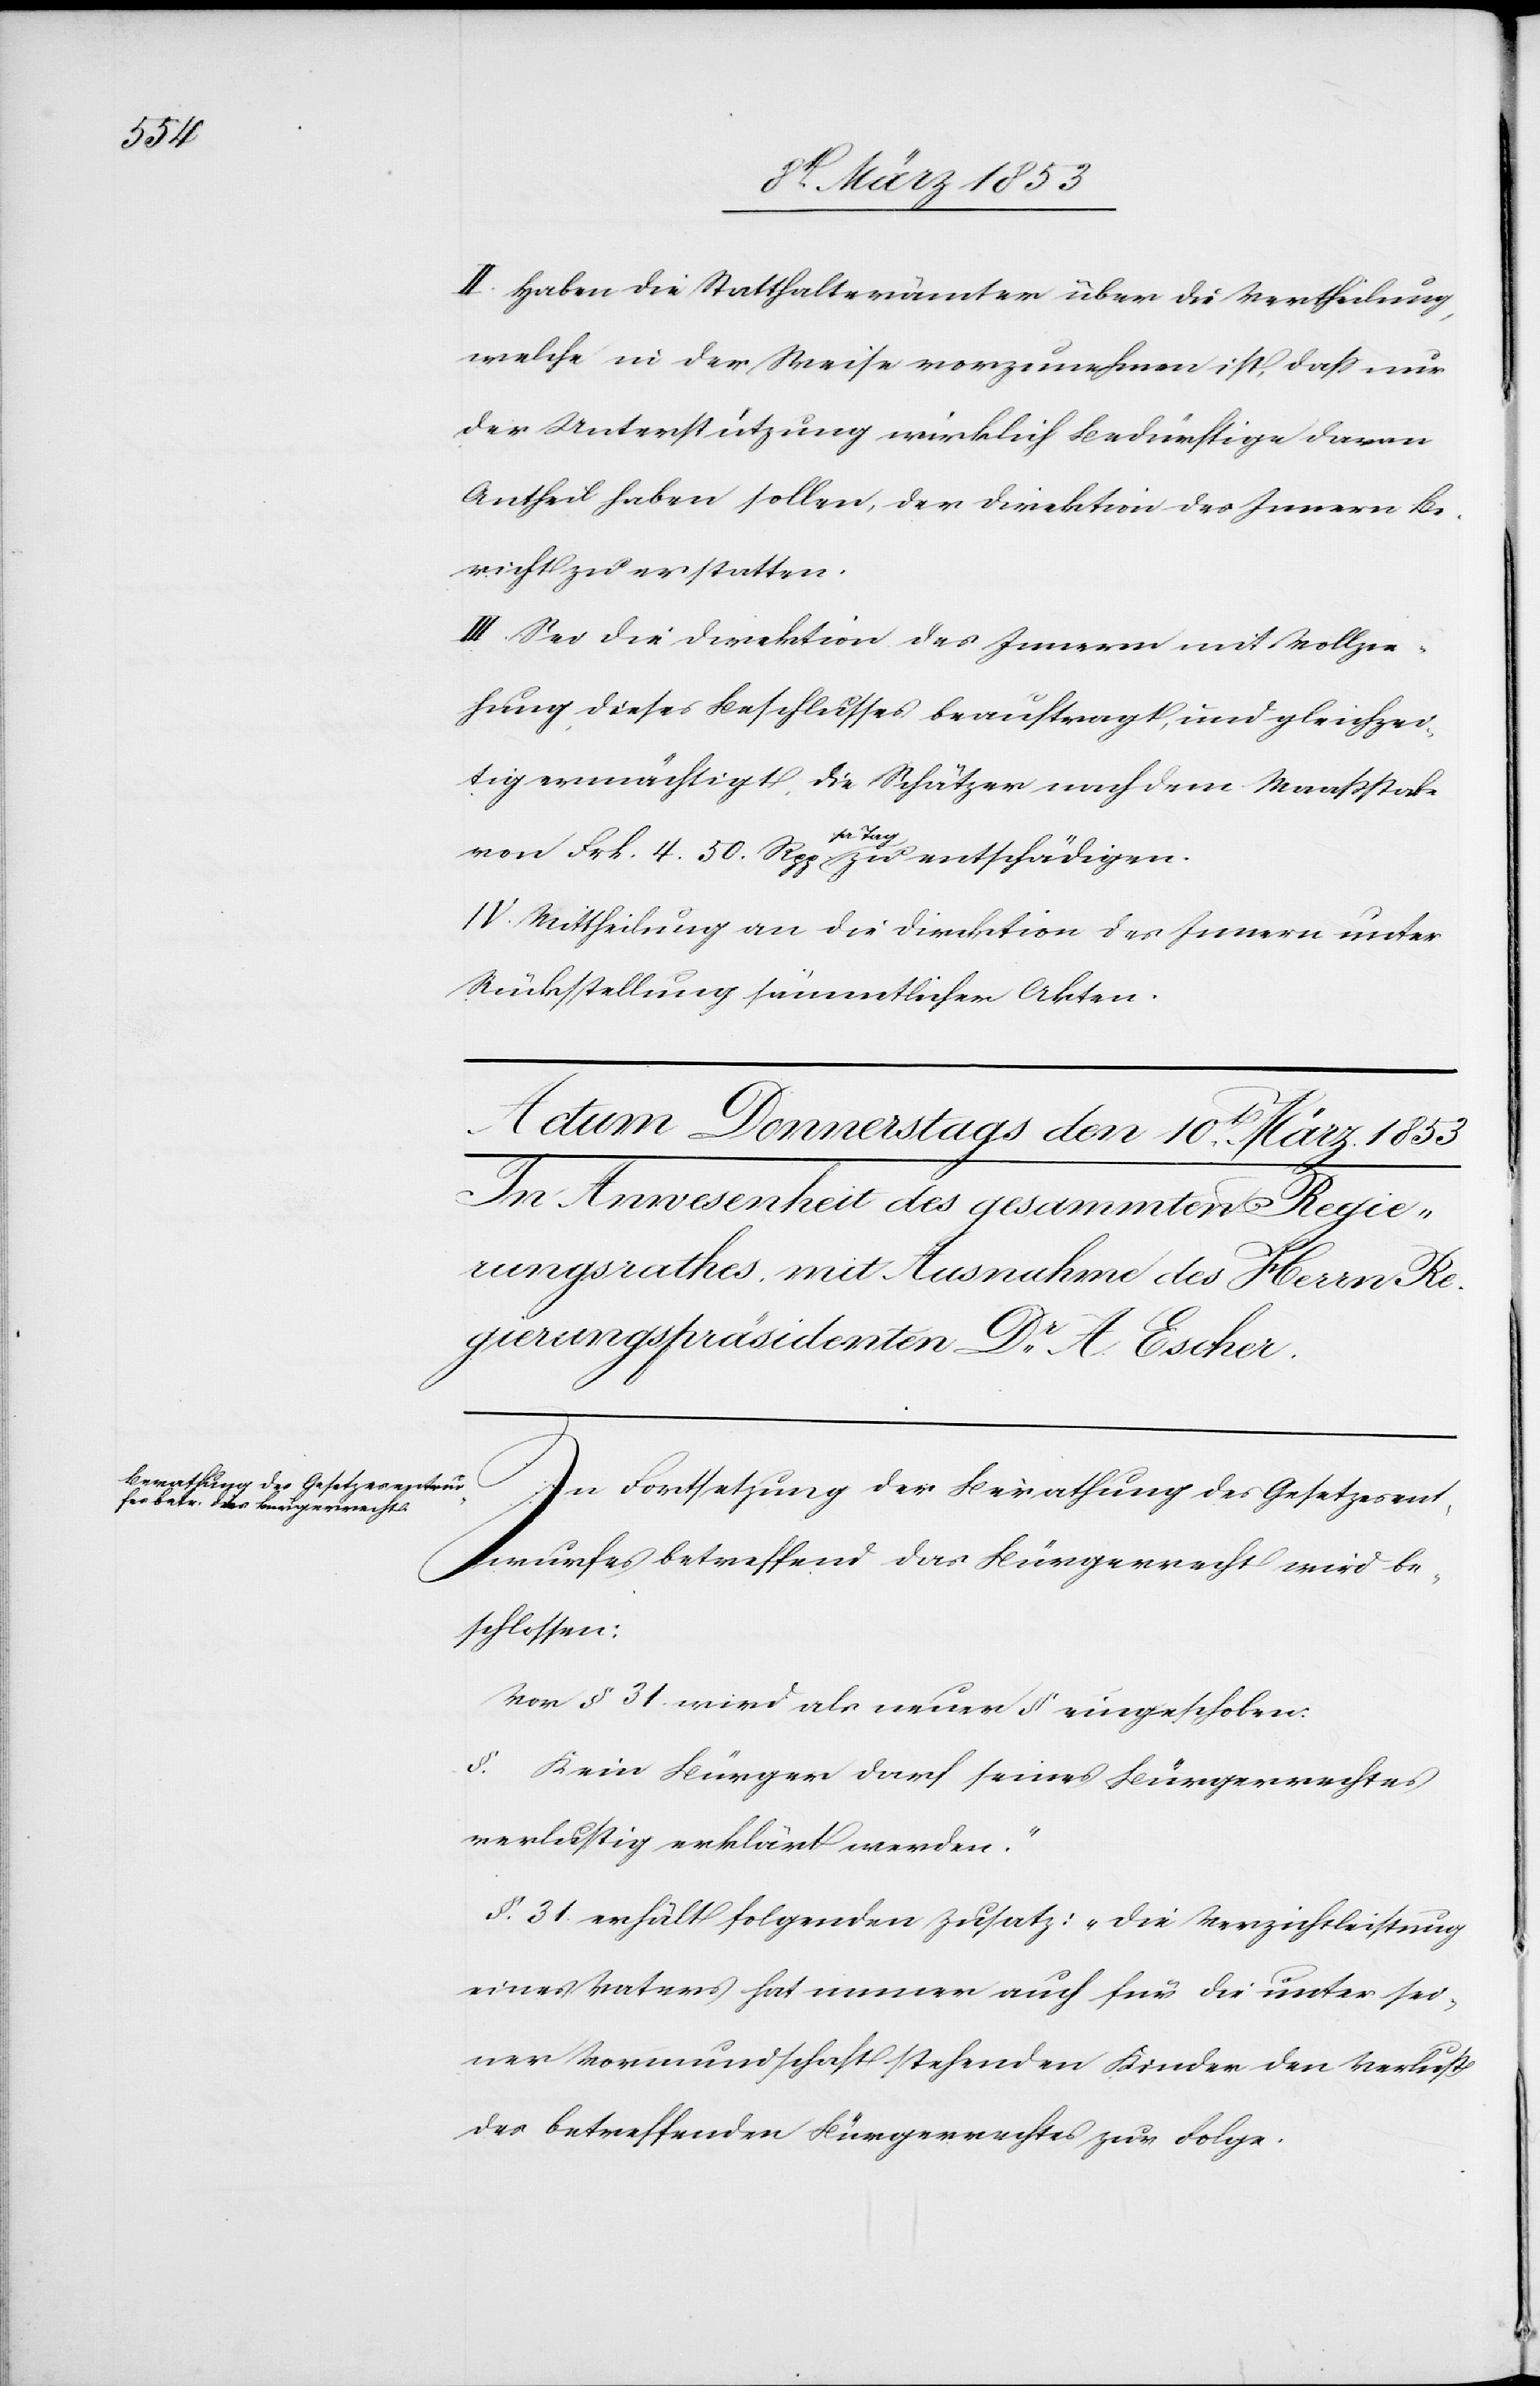
II. Haben die Statthalterämter über die Vertheilung,
welche in der Weise vorzunehmen ist, daß nur
der Unterstützung wirklich Bedürftige daran
Antheil haben sollen, der Direktion des Innern Be¬
richt zu erstatten.
III. Sei die Direktion des Innern mit Vollzie¬
hung dieses Beschlusses beauftragt und gleichzei¬
tig ermächtigt, die Schätzer nach dem Maaßstab
von Frk. 4. 50. Rpp. pr. Tag zu entschädigen.
IV. Mittheilung an die Direktion des Innern unter
Rückstellung sämmtlicher Akten.
In Fortsetzung der Berathung des Gesetzesent¬
wurfes betreffend das Bürgerrecht wird be¬
schlossen:
Vor § 31 wird als neuer § eingeschoben:
§. [?] Kein Bürger darf seines Bürgerrechtes
verlustig erklärt werden.“
§. 31 erhält folgenden Zusatz: „die Verzichtleistung
eines Vaters hat immer auch für die unter sei¬
ner Vormundschaft stehenden Kinder den Verlust
des betreffenden Bürgerrechtes zur Folge.